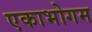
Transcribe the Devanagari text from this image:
एकाभोगम